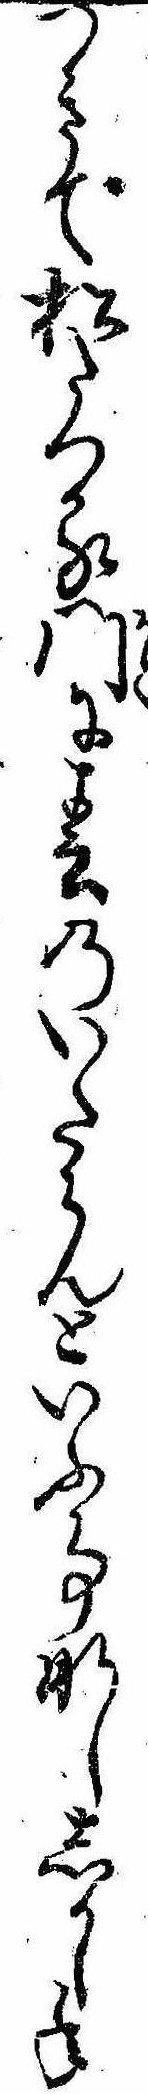
つきて松たつる門に春のいたらんといふ事なししかし年